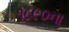
૧૮૯૦ના